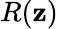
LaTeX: R(\mathbf{z})